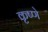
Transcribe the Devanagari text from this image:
कृष्णे